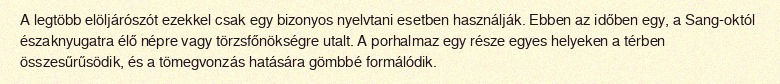
A legtöbb elöljárószót ezekkel csak egy bizonyos nyelvtani esetben használják. Ebben az időben egy, a Sang-októl északnyugatra élő népre vagy törzsfőnökségre utalt. A porhalmaz egy része egyes helyeken a térben összesűrűsödik, és a tömegvonzás hatására gömbbé formálódik.